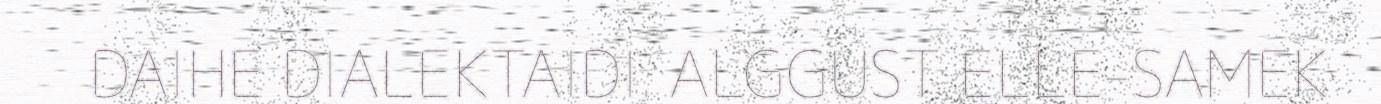
DAIHE DIALEKTAIDI. ALGGUST ELLE-SAMEK